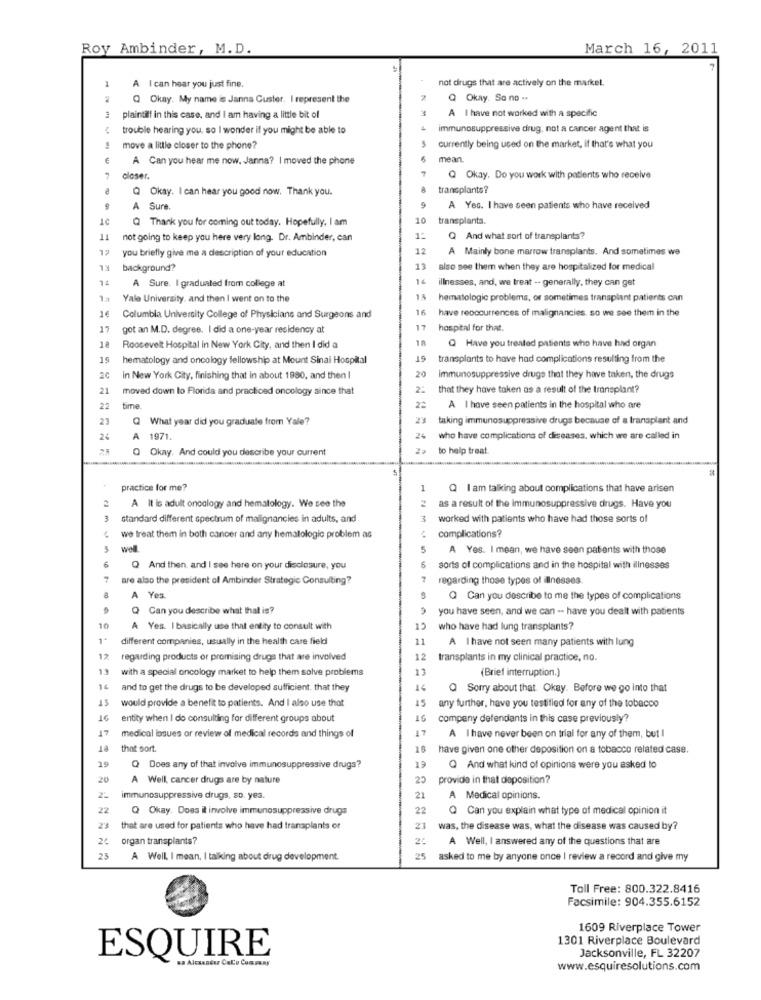
Roy Ambinder, M.D.
March 16, 2011
1
not dirugs that are actively on the market.
A I can hear you just fine.
Q Okay. My name is Janna Custer, I represent the
Q Okay. Sono -.
A I have not worked with a specific
plaintiff in this case, and I am having a little bit of
trouble hearing you. so I wonder if you might be able to
immunosuppressive drug, not a cancer agent that is
move a little closer to the phone?
currently being used on the market, if that's what you
A Can you hear me now, Janna? I moved the phone
mean.
closer.
Q Okay. Do you work with patients who receive
Q Okay. I can hear you good now. Thank you.
transplante?
A Sure.
A Yes. I have seen patients who have received
Q Thank you for coming out today. Hopefully. I am
10
transplants.
not going to keep you here very long. Dr. Ambinder, can
1:
Q And what sort of transplants?
12
you briefly give me a description of your education
12
A Mainly bone marrow transplants. And sometimes we
EL
background?
13
also see them when they are hospitalized for medical
14
16
illnesses, and, we treat -- generally, they can get
A Sure. I graduated from college at
Yale University, and then I went on to the
15
hematologic problems, or sometimes transplant patients can
1€
16
have reoccurrences of malignancies. so we see them in the
Columbia University College of Physicians and Surgeons and
17
got an M.D. degree. I did a one-year residency at
17
hospital for that.
18
Roosevelt Hospital in New York City, and then I did a
Q Have you treated patients who have had organ
19
hematology and oncology fellowship at Mount Sinai Hospital
19
transplants to have had complications resulting from the
20
20
in New York City, finishing that in about 1980, and then I
immunosuppressive drugs that they have taken, the drugs
21
moved down to Florida and practiced oncology since that
2:
that they have taken as a result of the transplant?
22
time
A I have seen patients in the hospital who are
23
Q What year did you graduate from Yale?
23
taking immunosuppressive drugs because of a transplant and
24
A 1971.
24
who have complications of diseases, which we are called in
Q Okay. And could you describe your current
to help treat
practice for me?
1
Q I am talking about complications that have arisen
A Il is adult oncology and hematology. We see the
2
as a result of the immunosuppressive drugs. Have you
3
standard different spectrum of malignancies in adults, and
3
worked with patients who have had those sorts of
complications?
we treat them in both cancer and any hematologic problem as
well
5
A Yes. I mean, we have seen patients with those
6
Q And then, and I see here on your disclosure, you
sorts of complications and in the hospital with illnesses
7
are also the president of Ambinder Strategic Consulting?
7
regarding those types of illnesses
a
A Yes.
Q Can you describe to me the types of complications
Q Can you describe what that is?
you have seen, and we can -- have you dealt with patients
10
A Yes. I basically use that entity to consult with
12
who have had lung transplants?
1
different companies, usually in the health care field
11
A I have not seen many patients with lung
12
regarding products or promising drugs that are involved
12
transplants in my clinical practice, no.
13
with a special oncology market to help them solve problems
13
(Brief interruption.)
16
and to get the drugs to be developed sufficient, that they
Q Sorry about that Okay. Before we go into that
13
15
would provide a benefit to patients. And I also use that
any further, have you testified for any of the tobacco
16
entity when I do consulting for different groups about
16
company defendants in this case previously?
17
medical logues or review of medical records and things of
A I have never been on trial for any of them, but I
14
that sort.
18
have given one other deposition on a tobacco related case.
19
19
Q Does any of that involve immunosuppressive drugs?
Q And what kind of opinions were you asked to
20
A Well, cancer drugs are by nature
25
provide in that deposition?
immunosuppressive drugs, so. yes.
21
A Medical opinions.
22
Q Okay. Does il involve immunosuppressive drugs
22
Q Can you explain what type of medical opinion it
23
that are used for patients who have had transplants or
23
was, the disease was, what the disease was caused by?
26
organ transplants?
2:
A Well, I answered any of the questions that are
25
A Well, I mean, I talking about drug development.
25
asked to me by anyone once I review a record and give my
Toll Free: 800.322.8416
Facsimile: 904.355.6152
1609 Riverplace Tower
1301 Riverplace Boulevard
Jacksonville, FL 32207
ESQUIRE
www.esquiresolutions.com